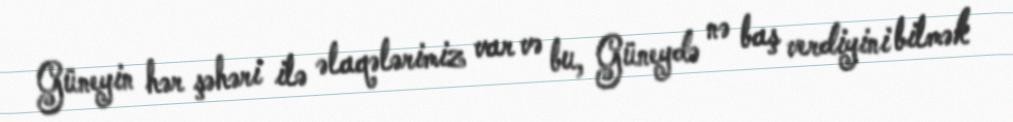
Güneyin hər şəhəri ilə əlaqələrimiz var və bu, Güneydə nə baş verdiyini bilmək